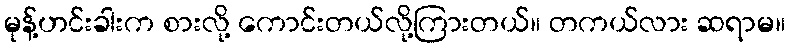
မုန့်ဟင်းခါးက စားလို့ ကောင်းတယ်လို့ကြားတယ်။ တကယ်လား ဆရာမ။